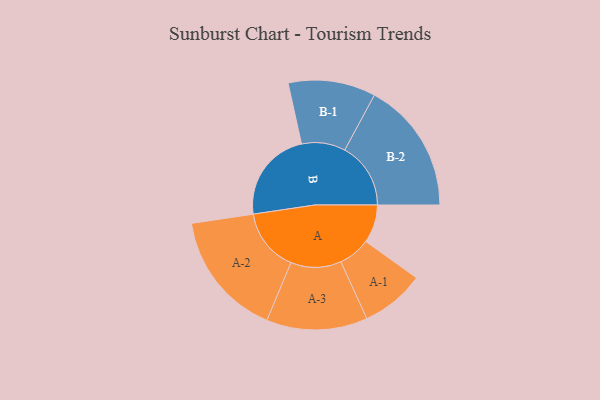
{"axis": {"x": "Segment", "y": "Value"}, "legend": ["", "A", "B"], "data": [{"x": "A", "y": 158, "type": ""}, {"x": "B", "y": 381, "type": ""}, {"x": "A-1", "y": 132, "type": "A"}, {"x": "A-2", "y": 261, "type": "A"}, {"x": "A-3", "y": 209, "type": "A"}, {"x": "B-1", "y": 181, "type": "B"}, {"x": "B-2", "y": 273, "type": "B"}]}